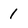
Character: 1